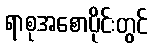
ရာစုအစောပိုင်းတွင်